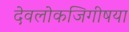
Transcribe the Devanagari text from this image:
देवलोकजिगीषया